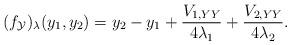
LaTeX: \begin{align*}(f_{\mathcal{Y}})_{\lambda}(y_1, y_2) = y_2 - y_1 + \frac{V_{1, YY}}{4 \lambda_1} + \frac{V_{2, YY}}{4 \lambda_2}.\end{align*}